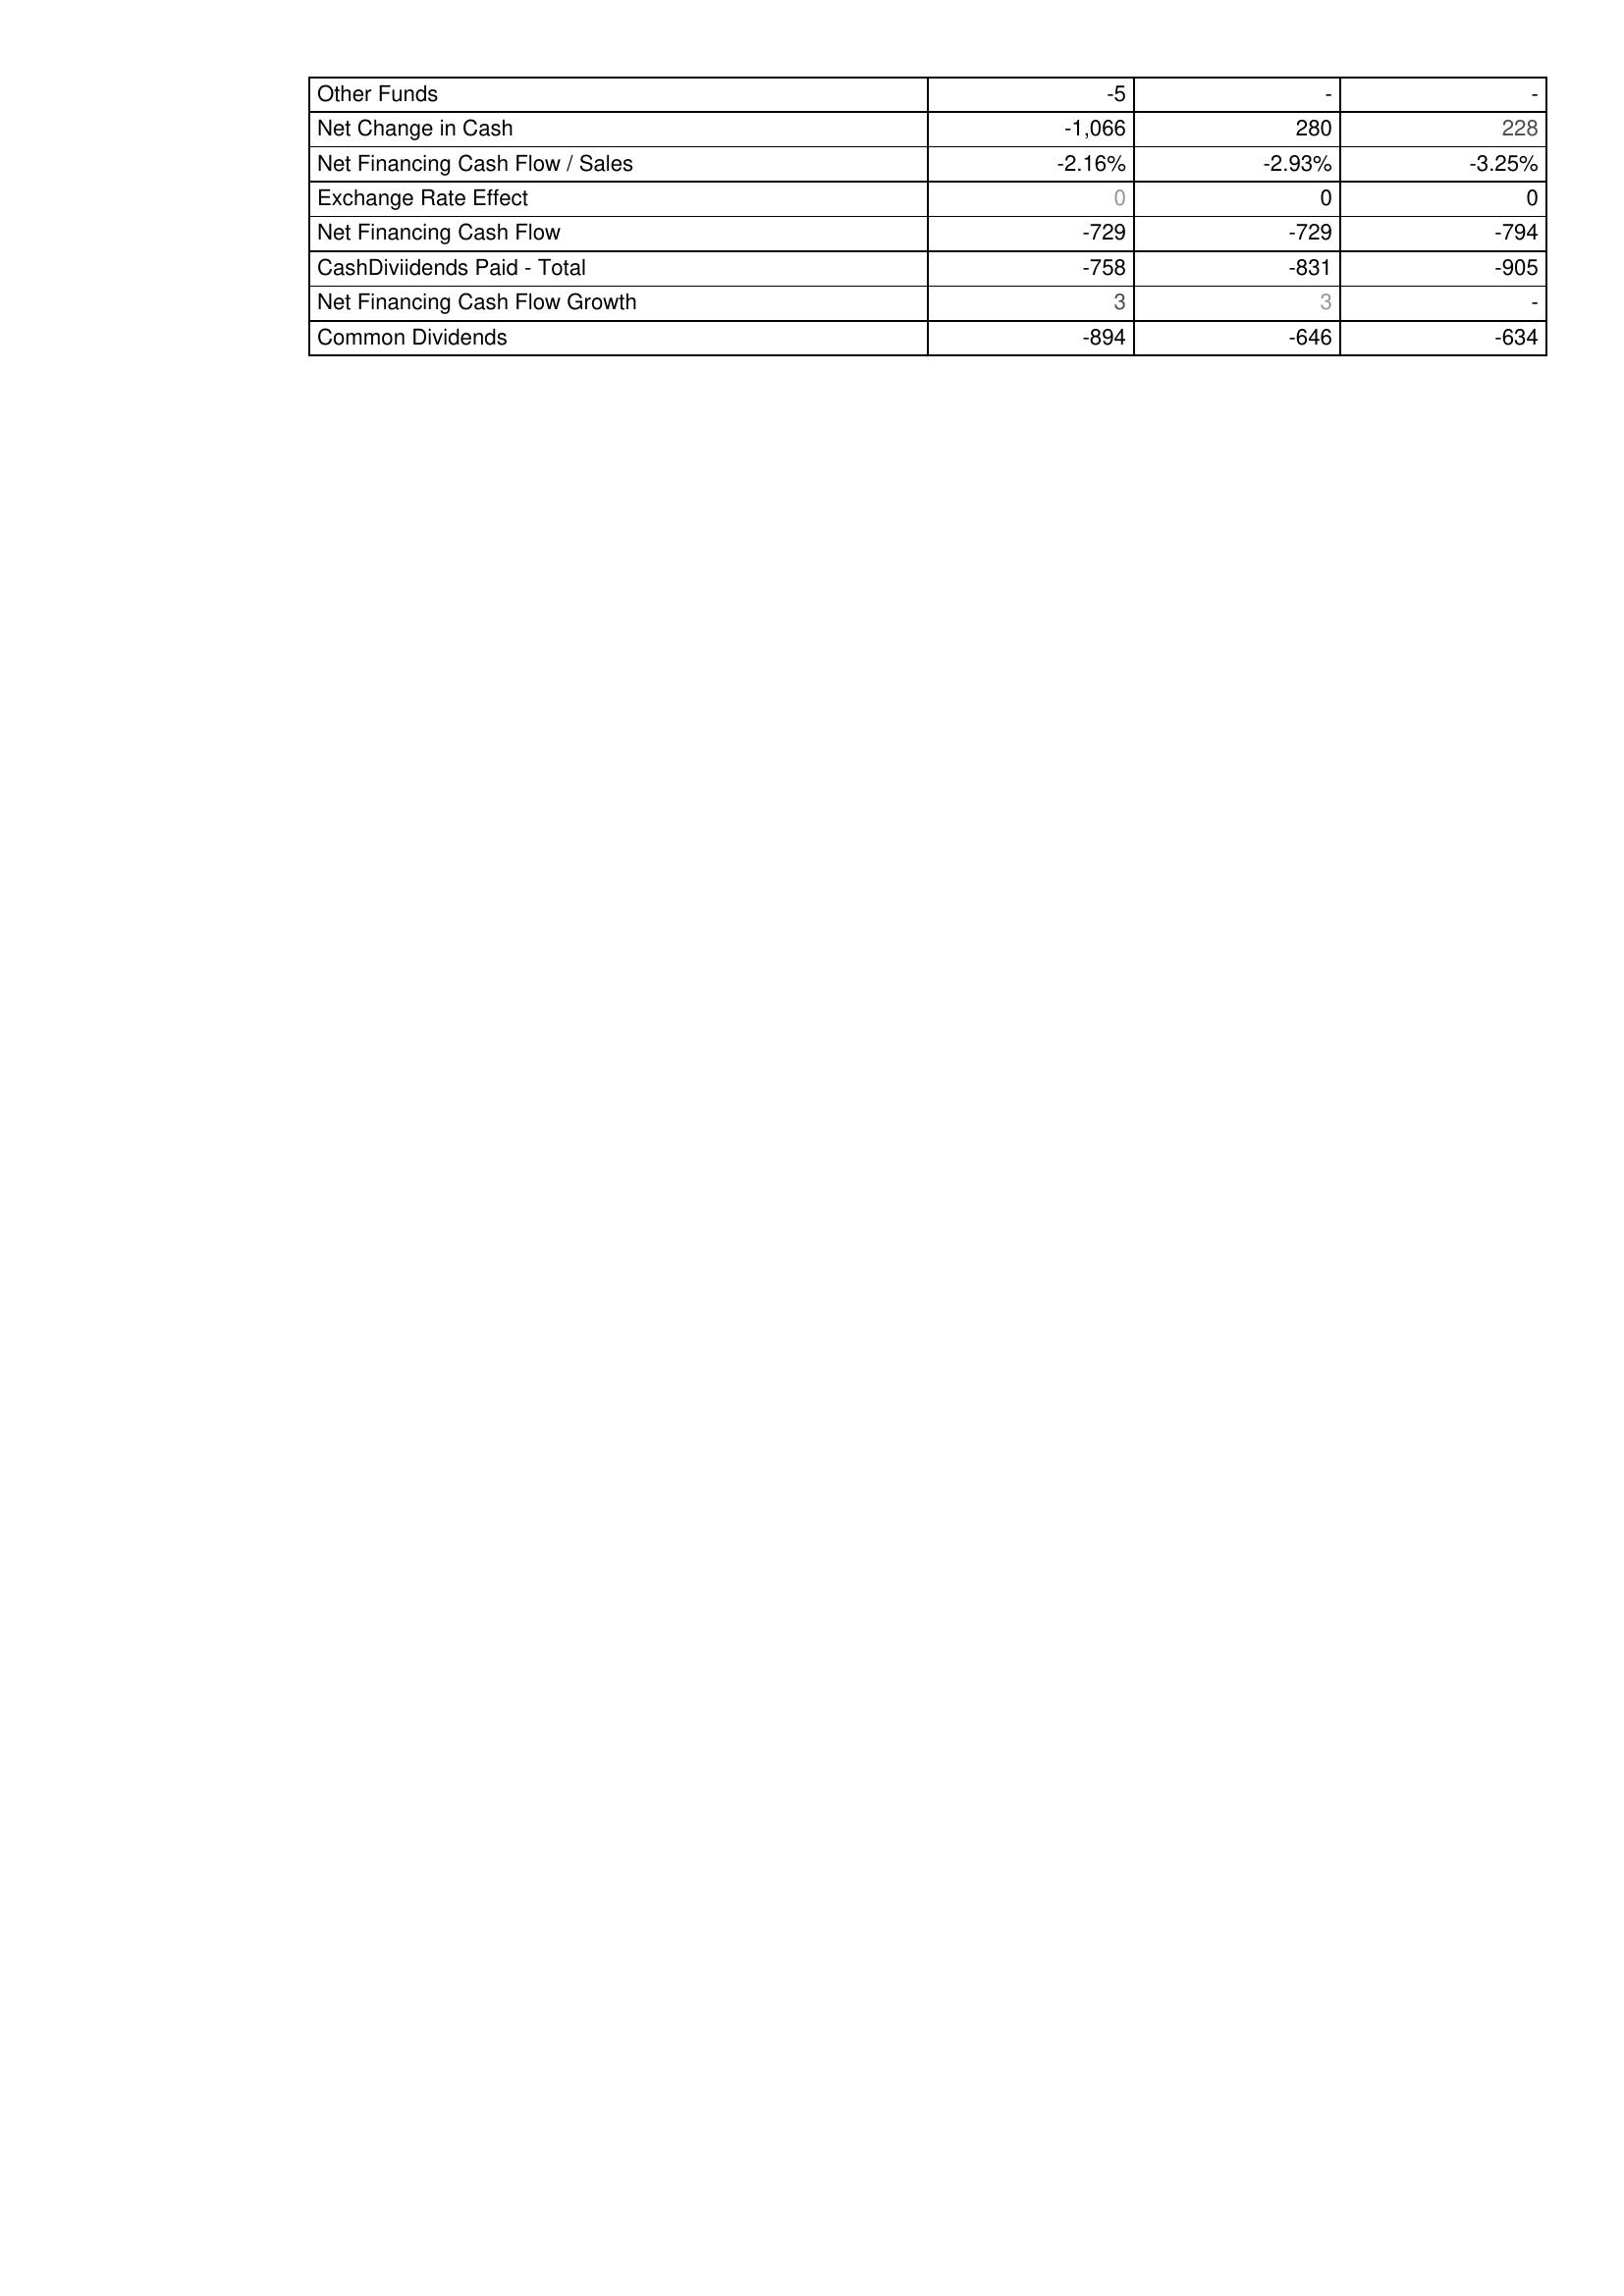
2015: Financing Activities: Other Funds: -5
Net Change in Cash: -1,066
Net Financing Cash Flow / Sales: -2.16%
Exchange Rate Effect: 0
Net Financing Cash Flow: -729
CashDiviidends Paid - Total: -758
Net Financing Cash Flow Growth: 3
Common Dividends: -894
2016: Financing Activities: Other Funds: -
Net Change in Cash: 280
Net Financing Cash Flow / Sales: -2.93%
Exchange Rate Effect: 0
Net Financing Cash Flow: -729
CashDiviidends Paid - Total: -831
Net Financing Cash Flow Growth: 3
Common Dividends: -646
2017: Financing Activities: Other Funds: -
Net Change in Cash: 228
Net Financing Cash Flow / Sales: -3.25%
Exchange Rate Effect: 0
Net Financing Cash Flow: -794
CashDiviidends Paid - Total: -905
Net Financing Cash Flow Growth: -
Common Dividends: -634